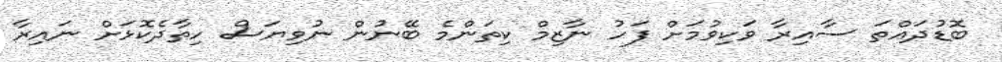
ބޮޑުދައްތަ ސާއިރާ ވަކިވުމަށް ފަހު ނާޒިމް ކިތަންމެ ބޭނުން ނުވިޔަސް ހިތާދެކޮޅަށް ނައިރާ